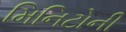
મિનિટોની